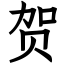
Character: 贺